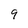
Character: 9